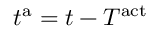
t ^ { \mathrm { a } } = t - T ^ { \mathrm { a c t } }